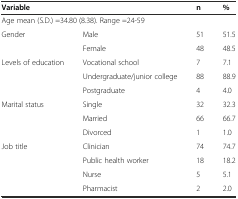
| Variable |  | n | % |
 | --- | --- | --- | --- |
 | <COLSPAN=4> Age mean (S.D.) =34.80 (8.38). Range =24-59 |
 | Gender | Male | 51 | 51.5 |
 |  | Female | 48 | 48.5 |
 | Levels of education | Vocational school | 7 | 7.1 |
 |  | Undergraduate/junior college | 88 | 88.9 |
 |  | Postgraduate | 4 | 4.0 |
 | Marital status | Single | 32 | 32.3 |
 |  | Married | 66 | 66.7 |
 |  | Divorced | 1 | 1.0 |
 | Job title | Clinician | 74 | 74.7 |
 |  | Public health worker | 18 | 18.2 |
 |  | Nurse | 5 | 5.1 |
 |  | Pharmacist | 2 | 2.0 |